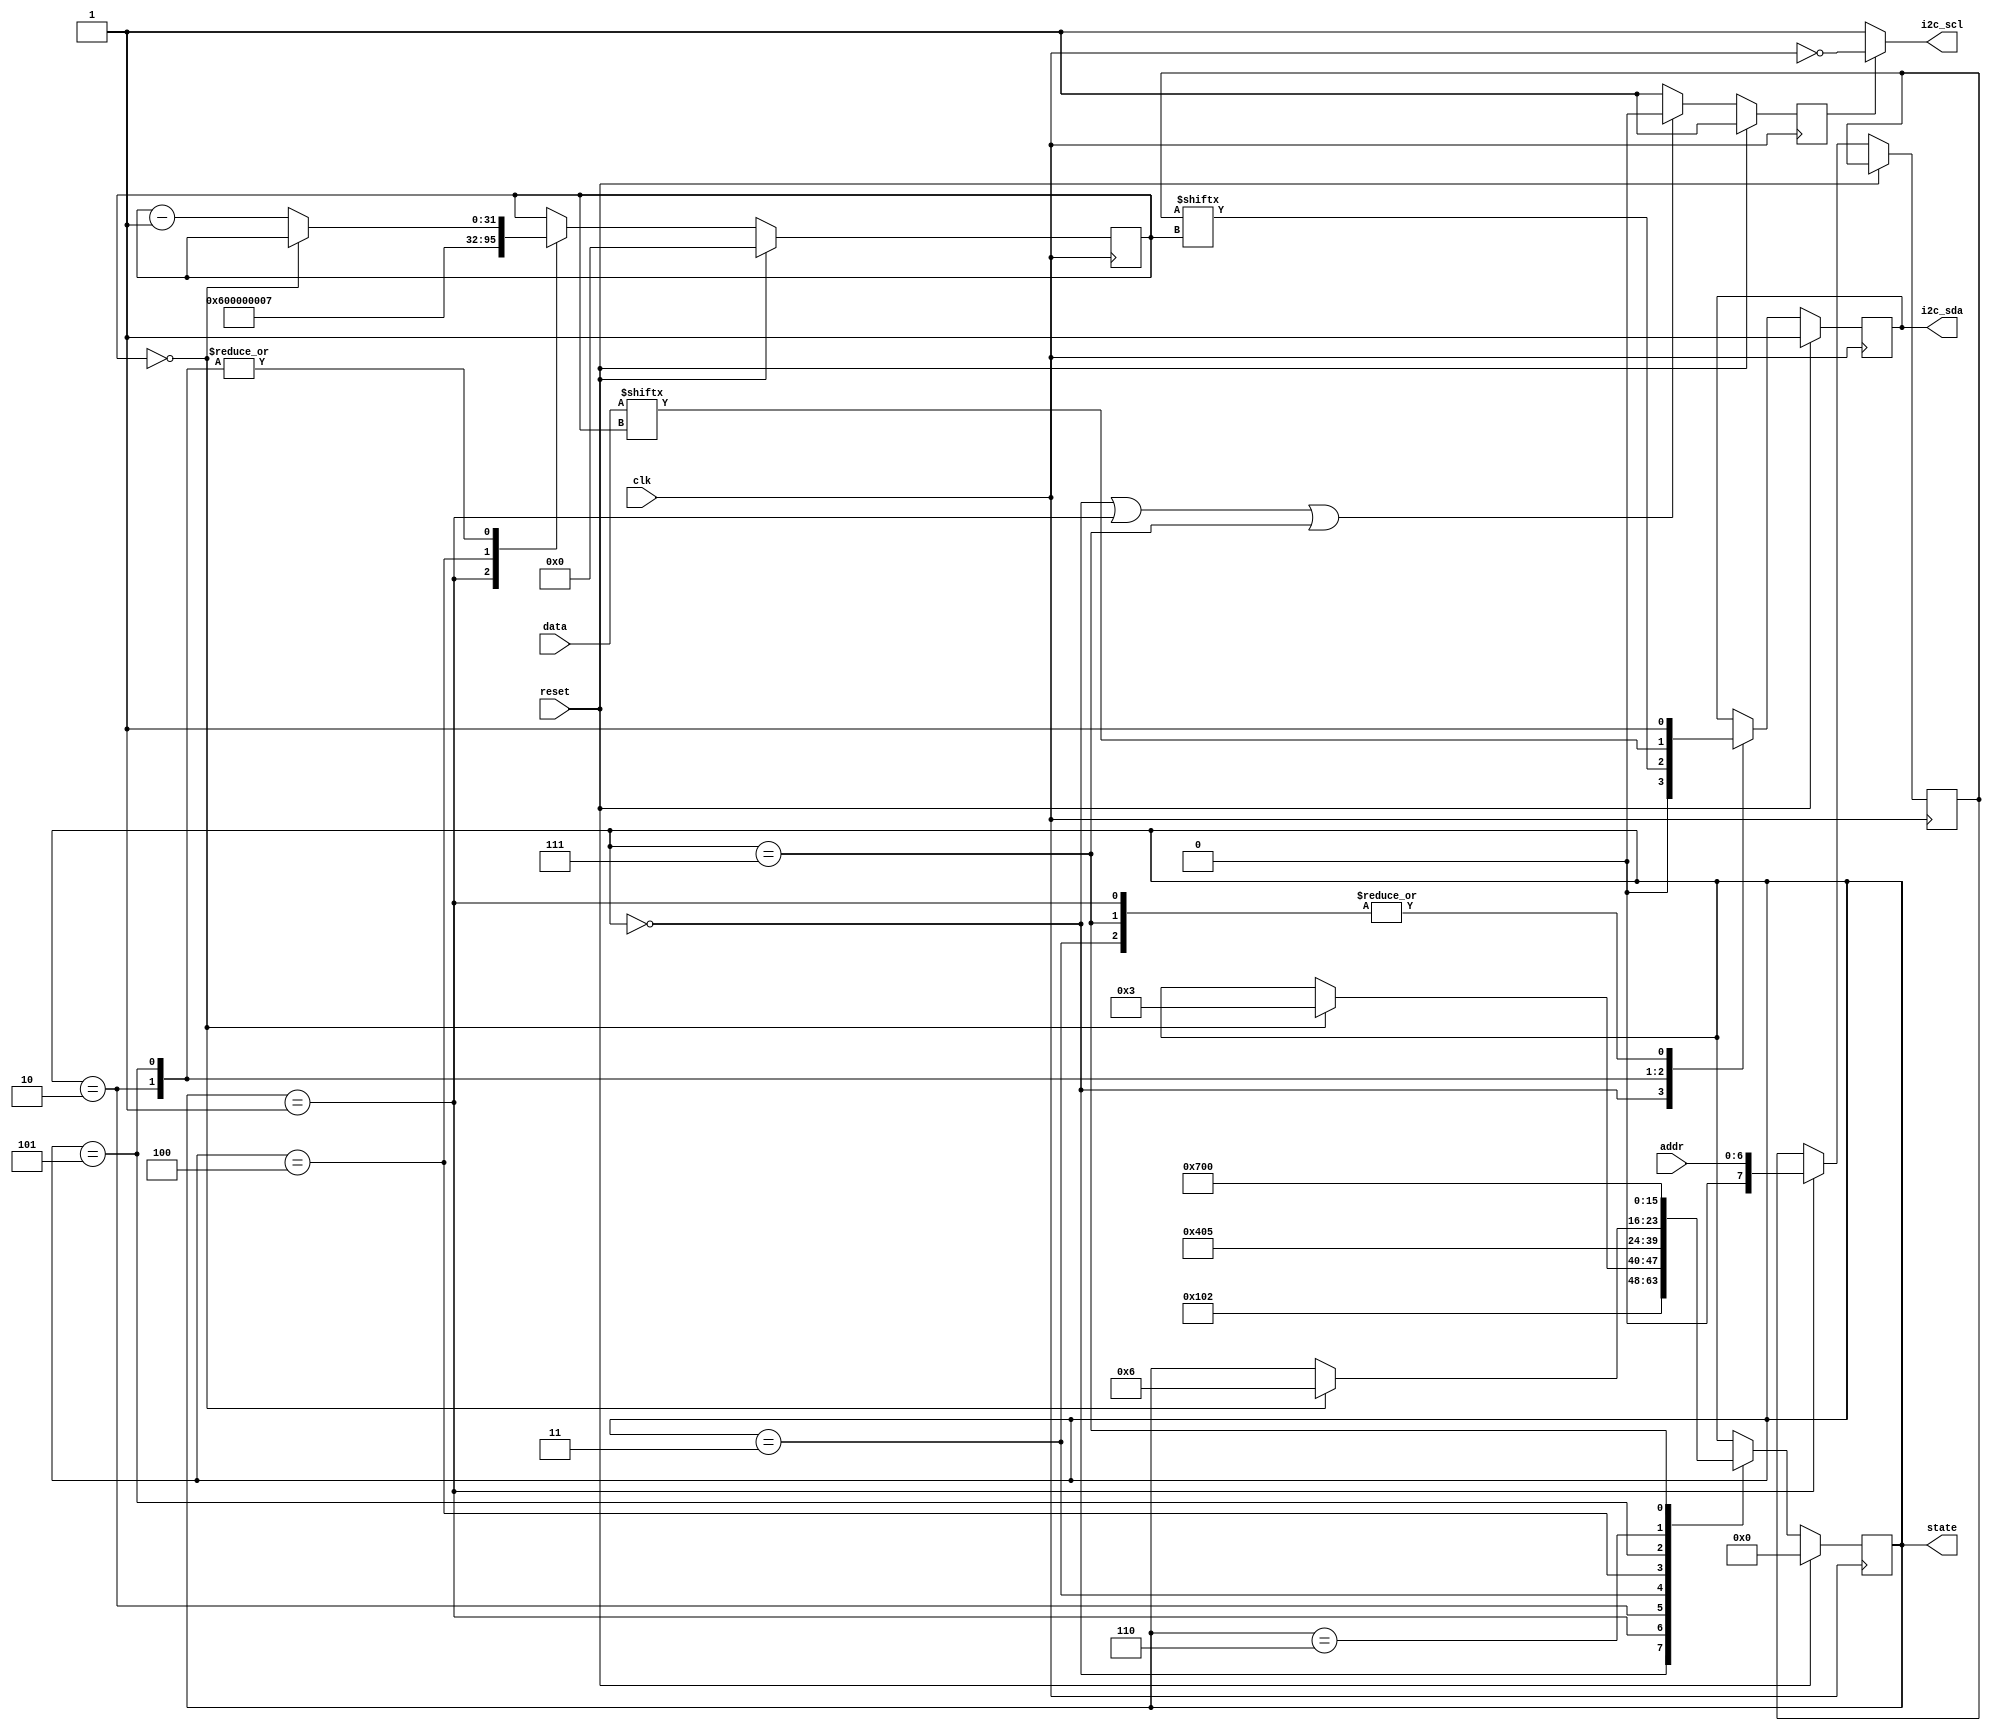
module i2c (
  input        clk,
  input        reset,
  input  [6:0] addr,
  input  [7:0] data,
  output reg   i2c_sda,
  output wire  i2c_scl,
  output reg   [7:0] state
);

  localparam STATE_IDLE   = 0; // Different states
  localparam STATE_START  = 1; 
  localparam STATE_ADDR   = 2;
  localparam STATE_RW     = 3;
  localparam STATE_WACK   = 4; 
  localparam STATE_DATA   = 5;
  localparam STATE_WACK2  = 6;
  localparam STATE_STOP   = 7;  

  reg  [31:0]  count;          // Counter to keep track of the number of clock pulses
  wire         clk_div;        // Clock divider for I2C clock generation
  reg          i2c_scl_enable; // Flag to control SCL generation only when needed
  reg  [7:0]   slave_addr;     // Selected slave address
  
  assign i2c_scl = (i2c_scl_enable == 0) ? 1 : ~clk; // If i2c_scl_enable is 0, SCL is kept high, else SCL is toggled

  initial begin
    count[3:0]        = 4'b0000;
    i2c_sda           = 1'b0;
    state[2:0]        = 3'b000;
    count[3:0]        = 4'b0110; // I2C master is planning to transmit 6 bits of data on the bus.
    i2c_sda           = 1'b1;
    state[2:0]        = 3'b111;
  end

  always @(negedge clk) begin
    if (reset == 1) begin
      i2c_scl_enable <= 1;
    end
    else begin
      if (state == STATE_IDLE || state == STATE_START || state == STATE_STOP) begin     
        i2c_scl_enable <= 0;
      end
      else begin
        i2c_scl_enable <= 1;
      end
    end
  end

  always @(posedge clk) begin
    if (reset == 1) begin
      state      <= 3'b0;
      i2c_sda    <= 1;
      count      <= 4'b0;
    end
    else begin
      case(state)
        STATE_IDLE: begin // Idle
          i2c_sda <= 0;
          state   <= STATE_START;
        end
        
        STATE_START: begin // Start
          i2c_sda <= 1;
          state   <= STATE_ADDR;
          count   <= 6;
          slave_addr <= addr; // Set the selected slave address
        end
        
        STATE_ADDR: begin // Address
          i2c_sda <= slave_addr[count];
          if (count == 0)
            state <= STATE_RW;
          else
            count <= count - 1;
        end
        
        STATE_RW: begin // Read/Write
          i2c_sda <= 1; // Set the R/W bit to 1 for read operation, or 0 for write operation
          state   <= STATE_WACK;
        end
        
        STATE_WACK: begin // Wait for Acknowledgment
          state   <= STATE_DATA;
          count   <= 7;
        end
        
        STATE_DATA: begin // Data
          i2c_sda <= data[count];
          if (count == 0)
            state <= STATE_WACK2;
          else
            count <= count - 1;
        end
        
        STATE_WACK2: begin // Wait for Acknowledgment
          state <= STATE_STOP;
        end
        
        STATE_STOP: begin // Stop
          i2c_sda <= 1;
          state   <= STATE_IDLE;
        end
      endcase
    end
  end
endmodule